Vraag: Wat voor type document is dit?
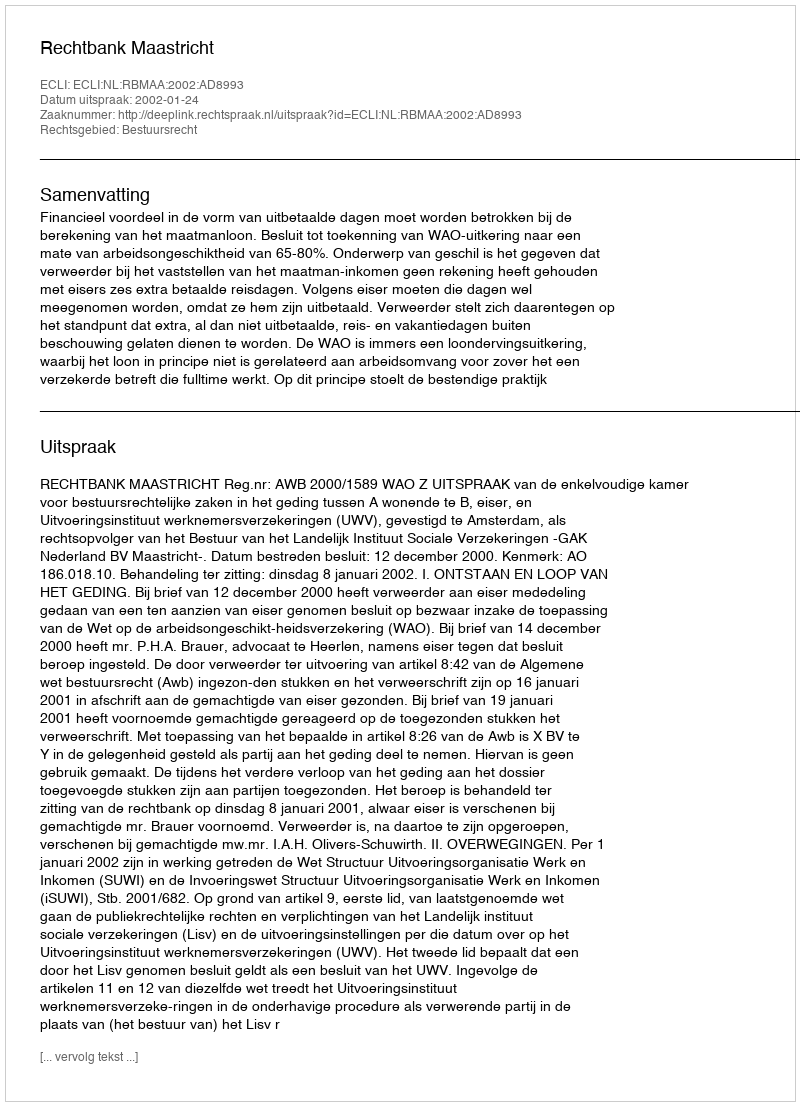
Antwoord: Uitspraak